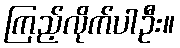
ကြည့်လိုက်ပါဦး။